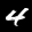
Label: 4